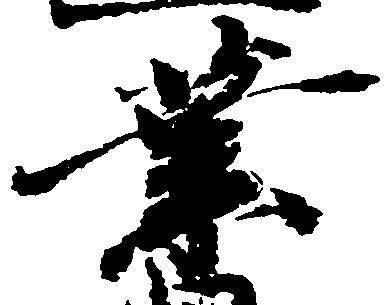
業